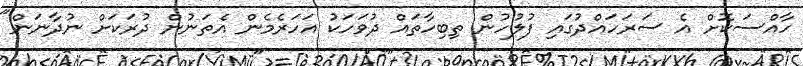
ހާއްސަކޮށް އެ ސަރަހައްދުގައި ފުލުހުން ތިބިހާތައް ދުވަހަކު އަހަރެމެން އެތަނުން ދުރަކަށް ނުދާނަން"